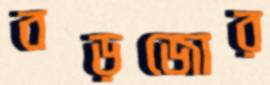
বড়জোর